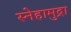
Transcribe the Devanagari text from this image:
स्नेहामुद्रा